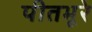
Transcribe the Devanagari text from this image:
पीतभूरे